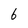
Character: 6